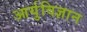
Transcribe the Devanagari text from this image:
आर्युविज्ञान